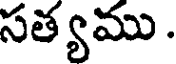
సత్యము .